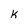
Character: K